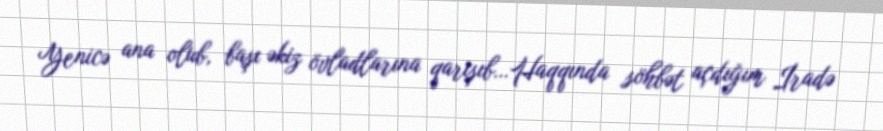
Yenicə ana olub, başı əkiz övladlarına qarışıb…Haqqında söhbət açdığım İradə